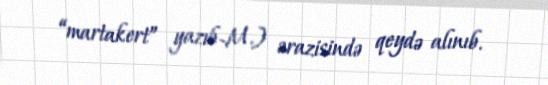
“martakert” yazıb-M.) ərazisində qeydə alınıb.